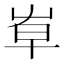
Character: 𡴐